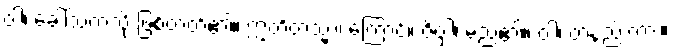
ဝါ၊ ခေါ်သကဲ့သို့ ဖြစ်တတ်၏။ ဣတိတသ္မာ၊ ကြောင့်။ ဇိဝှါ၊ မည်၏။ ဝါ၊ တနည်းကား။